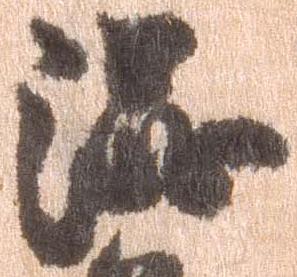
渋